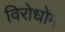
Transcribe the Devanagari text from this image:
विरोधोम